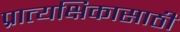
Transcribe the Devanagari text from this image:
प्रात्यक्षिकासाठी